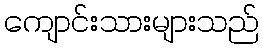
ကျောင်းသားများသည်